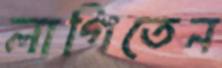
লাগিতেন